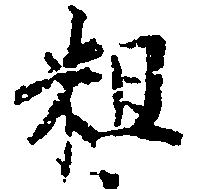
粗